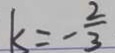
k = - \frac { 2 } { 3 }